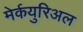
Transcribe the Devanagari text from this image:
मेर्कयुरिअल